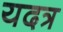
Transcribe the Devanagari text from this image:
यदत्र